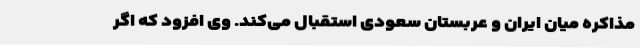
مذاکره میان ایران و عربستان سعودی استقبال می‌کند. وی افزود که اگر